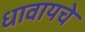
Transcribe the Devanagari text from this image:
धावायचे